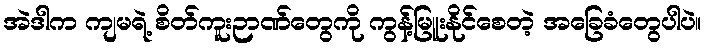
အဲဒါက ကျမရဲ့ စိတ်ကူးဉာဏ်တွေကို ကွန့်မြူးနိုင်စေတဲ့ အခြေခံတွေပါပဲ။